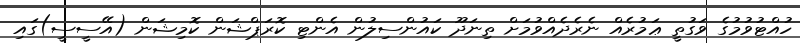
ހުއްޓުވުމުގެ ވަގުތީ ޢަމުރެއް ނެރެދެއްވުމަށް ތިނަދޫ ކައުންސިލުން އެންޓި ކޮރަޕްޝަން ކޮމިޝަން (އޭސީސީ)ގައި